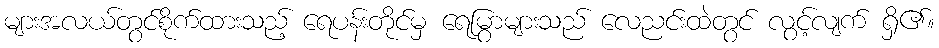
များအလယ်တွင်စိုက်ထားသည့် ရေပန်းတိုင်မှ ရေမြွာများသည် လေညင်းထဲတွင် လွင့်လျက် ရှိ၏။